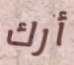
أرك